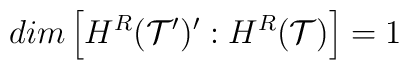
dim\left[ H^{R}({\cal T}^{\prime })^{\prime }:H^{R}({\cal T})\right] =1